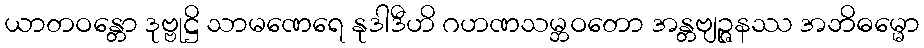
ယာတဝန္တော ဒုဗ္ဗုဋ္ဌိ သာမဏေရေ နုဒါဒီဟိ ဂဟဏသမ္ဘဝတော အန္တဗျဉ္ဇနဿ အဘိဓမ္မော